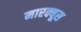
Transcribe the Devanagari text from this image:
मारक्यूस